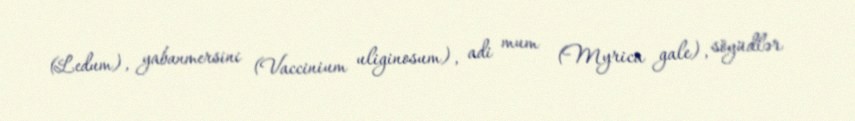
(Ledum), yabanmersini (Vaccinium uliginosum), adi mum (Myrica gale), söyüdlər